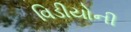
વિડીયોની